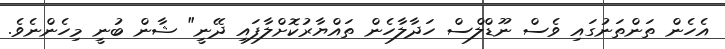
އެހެން ތަންތަނުގައި ވެސް ނޫޑްލްސް ހަދާލާހެން ތައްޔާރުކޮށްލާފައި ދޭނީ" ޝާން ބުނީ މިހެންނެވެ.